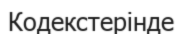
Кодекстерінде